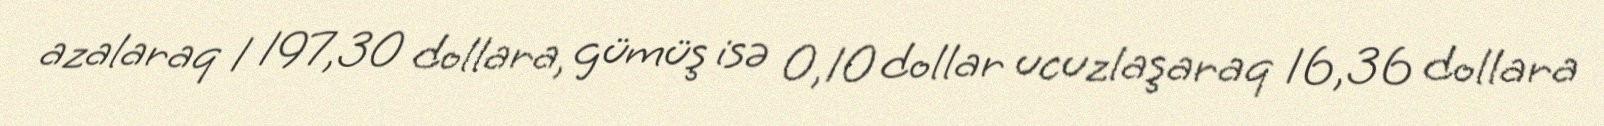
azalaraq 1 197,30 dollara, gümüş isə 0,10 dollar ucuzlaşaraq 16,36 dollara